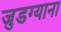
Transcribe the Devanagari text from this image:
जुडग्याना